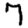
Digit: 7